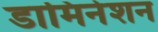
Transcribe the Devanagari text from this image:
डामिनेशन